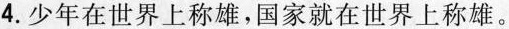
4.少年在世界上称雄，国家就在世界上称雄。